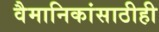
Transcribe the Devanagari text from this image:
वैमानिकांसाठीही